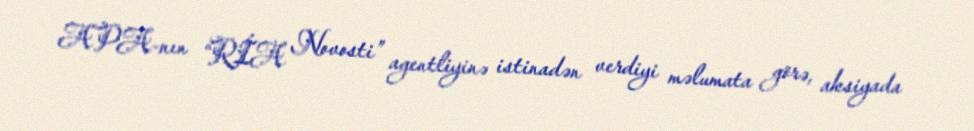
APA-nın “RİA Novosti” agentliyinə istinadən verdiyi məlumata görə, aksiyada